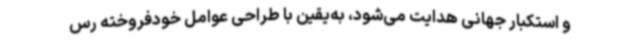
و استکبار جهانی هدایت می‌شود، به‌یقین با طراحی عوامل خودفروخته رس